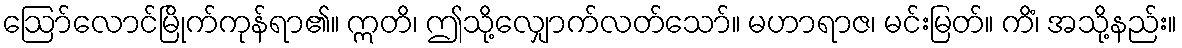
ဩော်လောင်မြိုက်ကုန်ရာ၏။ ဣတိ၊ ဤသို့လျှောက်လတ်သော်။ မဟာရာဇ၊ မင်းမြတ်။ ကိံ၊ အသို့နည်း။